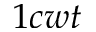
1 c w t